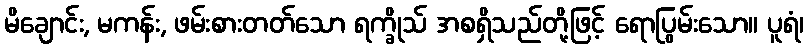
မိချောင်း, မကန်း, ဖမ်းစားတတ်သော ရက္ခိုသ် အစရှိသည်တို့ဖြင့် ရောပြွမ်းသော။ ပူရံ၊